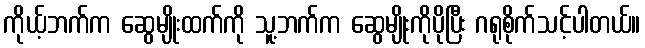
ကိုယ့်ဘက်က ဆွေမျိုးထက်ကို သူ့ဘက်က ဆွေမျိုးကိုပိုပြီး ဂရုစိုက်သင့်ပါတယ်။